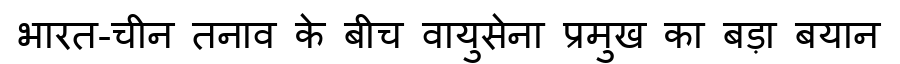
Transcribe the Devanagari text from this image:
भारत-चीन तनाव के बीच वायुसेना प्रमुख का बड़ा बयान